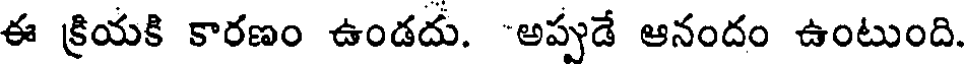
ఈ క్రియకి కారణం ఉండదు. "అపుడే ఆనందం ఉంటుంది.